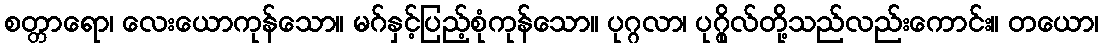
စတ္တာရော၊ လေးယောကုန်သော။ မဂ်နှင့်ပြည့်စုံကုန်သော။ ပုဂ္ဂလာ၊ ပုဂ္ဂိုလ်တို့သည်လည်းကောင်း။ တယော၊